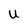
Character: U